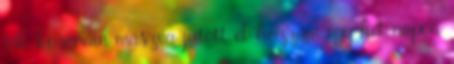
fák koronáin mászva jutott el hozzám egy hét napon